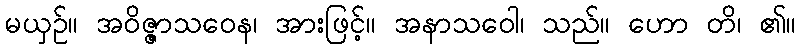
မယှဉ်။ အဝိဇ္ဇာသဝေန၊ အားဖြင့်။ အနာသဝေါ၊ သည်။ ဟော တိ၊ ၏။